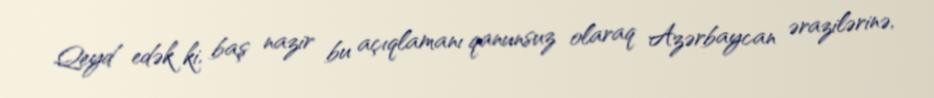
Qeyd edək ki, baş nazir bu açıqlamanı qanunsuz olaraq Azərbaycan ərazilərinə,